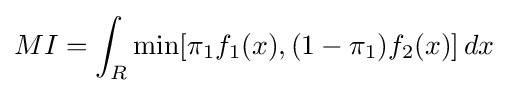
MI=\int _{R}\operatorname {min} [\pi _{1}f_{1}(x),(1-\pi _{1})f_{2}(x)]\,dx